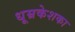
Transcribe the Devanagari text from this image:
धूम्रकेशका